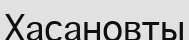
Хасановты